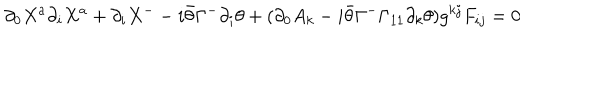
LaTeX: \partial _ { 0 } X ^ { a } \partial _ { i } X ^ { a } + \partial _ { i } X ^ { - } - i \bar { \theta } \Gamma ^ { - } \partial _ { i } \theta + ( \partial _ { 0 } A _ { k } - i \bar { \theta } \Gamma ^ { - } \Gamma _ { 1 1 } \partial _ { k } \theta ) g ^ { k j } F _ { i j } = 0